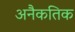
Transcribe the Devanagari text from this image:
अनैकतिक